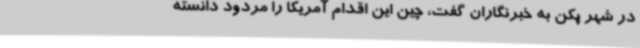
در شهر پکن به خبرنگاران گفت، چین این اقدام آمریکا را مردود دانسته